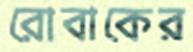
রোবাকের